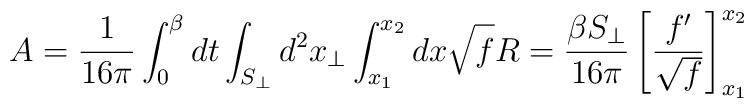
A = \frac{1}{16\pi} \int_0^\beta dt \int_{S_\perp} d^2 x_\perp \int_{x_1}^{x_2} dx    \sqrt{f}  R   =\frac{\beta S_\perp}{16\pi}\left[ \frac{f'}{\sqrt{f}} \right]_{x_1}^{x_2}